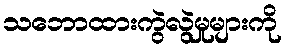
သဘောထားကွဲလွဲမှုများကို